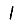
Digit: 1